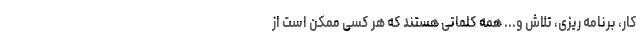
کار، برنامه ریزی، تلاش و... همه کلماتی هستند که هر کسی ممکن است از